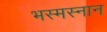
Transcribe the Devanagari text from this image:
भस्मस्नान